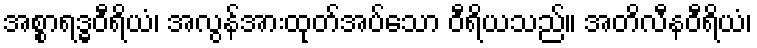
အစ္စာရဒ္ဓဝီရိယံ၊ အလွန်အားထုတ်အပ်သော ဝီရိယသည်။ အတိလီနဝီရိယံ၊